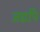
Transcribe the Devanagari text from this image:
जद्यपि